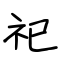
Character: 祀